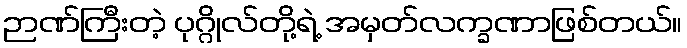
ဉာဏ်ကြီးတဲ့ ပုဂ္ဂိုလ်တို့ရဲ့ အမှတ်လက္ခဏာဖြစ်တယ်။